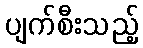
ပျက်စီးသည့်